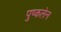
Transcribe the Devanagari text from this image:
पुष्कलेन